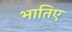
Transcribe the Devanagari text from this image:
भातिए